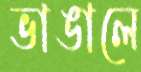
ভাঙালে